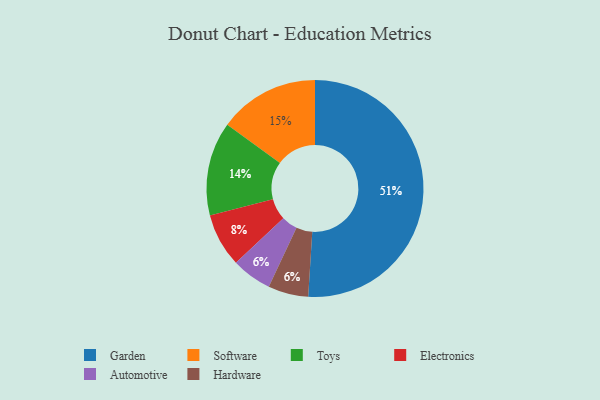
{"axis": {"x": "Category", "y": "Percentage"}, "legend": ["Automotive", "Electronics", "Garden", "Hardware", "Software", "Toys"], "data": [{"x": "Automotive", "y": 6, "type": "Automotive"}, {"x": "Hardware", "y": 6, "type": "Hardware"}, {"x": "Garden", "y": 51, "type": "Garden"}, {"x": "Software", "y": 15, "type": "Software"}, {"x": "Toys", "y": 14, "type": "Toys"}, {"x": "Electronics", "y": 8, "type": "Electronics"}]}